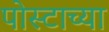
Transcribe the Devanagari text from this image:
पोस्टाच्या